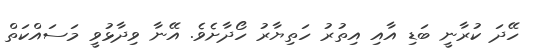
ހޭދަ ކުރާނީ ބަޑި އާއި އިތުރު ހަތިޔާރު ހޯދާށެވެ. އޭނާ ވިދާޅުވީ މަސައްކަތް